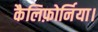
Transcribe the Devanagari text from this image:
कैलिफ़ोर्निया।